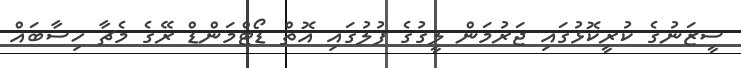
ސީޒަނުގެ ކުރީކޮޅުގައި ޖަރުމަން ލީގުގެ ފުލުގައި އޮތް ޑޯޓްމަންޑް ރޭގެ މެޗާ ހިސާބައް